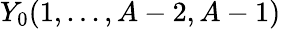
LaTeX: Y_{0}(1,...,A-2,A-1)